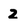
Character: 2